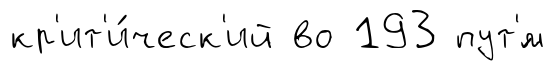
кр'ит'и́ческ'ий во 193 пут'́м